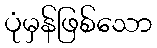
ပုံမှန်ဖြစ်သော